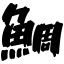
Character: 鯛